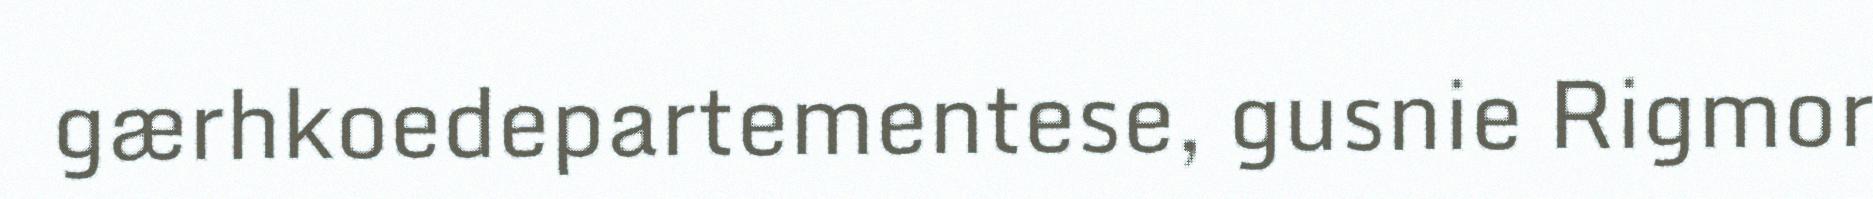
gærhkoedepartementese, gusnie Rigmor